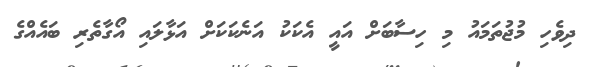
ދިވެހި މުޖުތަމައު މި ހިސާބަށް އައީ އެކަކު އަނެކަކަށް އަޅާލައި އޯގާތެރި ބައެއްގެ